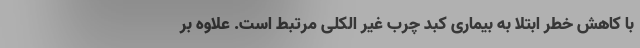
با کاهش خطر ابتلا به بیماری کبد چرب غیر الکلی مرتبط است. علاوه بر